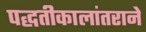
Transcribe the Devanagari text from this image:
पद्धतीकालांतराने